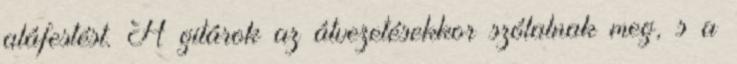
aláfestést. A gitárok az átvezetésekkor szólalnak meg, s a